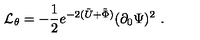
{ \cal { L } } _ { \theta } = - { \frac { 1 } { 2 } } e ^ { - 2 ( \tilde { U } + \tilde { \Phi } ) } ( \partial _ { 0 } \Psi ) ^ { 2 } \ .